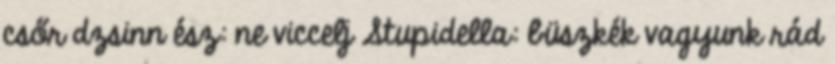
csőr dzsinn ész: ne viccelj Stupidella: büszkék vagyunk rád